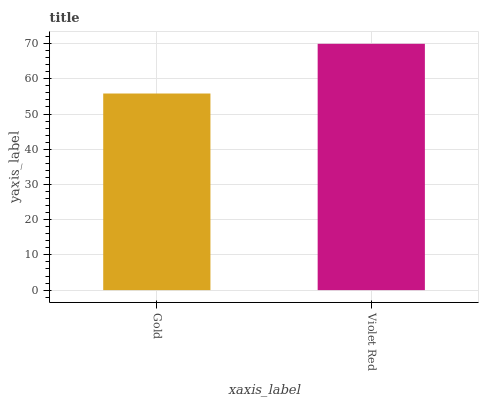
| xaxis_label | bars |
 | --- | --- |
 | Gold | 55.8 |
 | Violet Red | 69.9 |